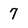
Character: 7